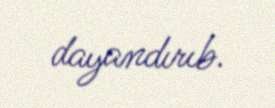
dayandırıb.